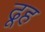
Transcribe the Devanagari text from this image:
ढूह